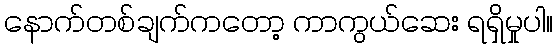
နောက်တစ်ချက်ကတော့ ကာကွယ်ဆေး ရရှိမှုပါ။